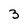
Character: 3